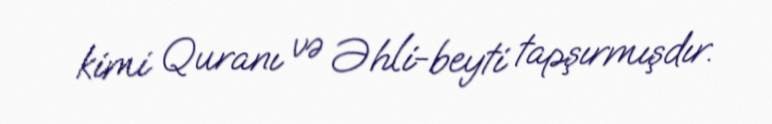
kimi Quranı və Əhli-beyti tapşırmışdır.